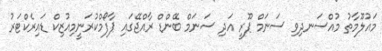
މައުލޫމާތު މުއްސަނދިވި ސަނަމް ޕޫރީ އަދި ސަނަމް ބޭންޑް ރާއްޖޭގައި ޕާފޯމްކުރަނީމިއުޒިކް ޑައިރެކްޓަރު